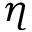
\eta